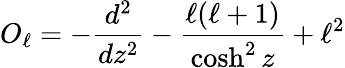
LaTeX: O_{\ell}=-{\frac{d^{2}}{dz^{2}}}-{\frac{\ell(\ell+1)}{\cosh^{2}z}}+\ell^{2}